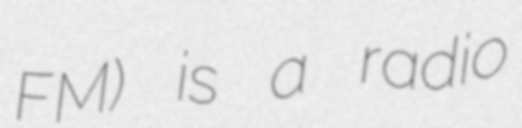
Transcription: FM) is a radio